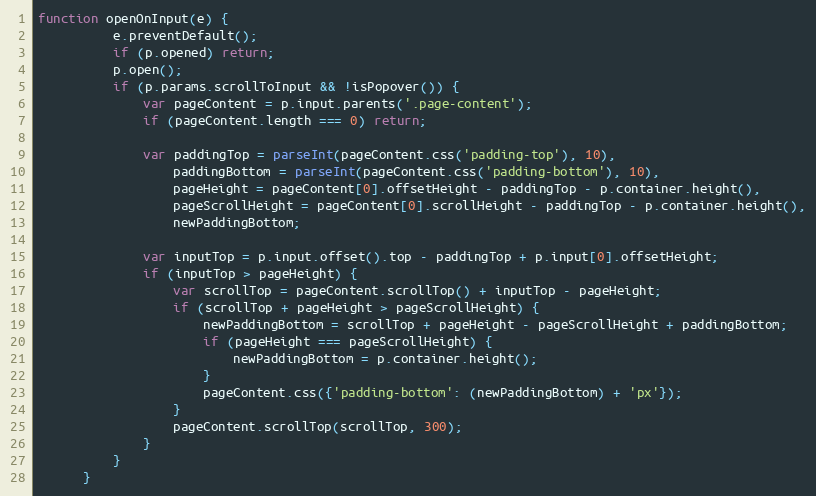
Language: JavaScript
function openOnInput(e) {
          e.preventDefault();
          if (p.opened) return;
          p.open();
          if (p.params.scrollToInput && !isPopover()) {
              var pageContent = p.input.parents('.page-content');
              if (pageContent.length === 0) return;

              var paddingTop = parseInt(pageContent.css('padding-top'), 10),
                  paddingBottom = parseInt(pageContent.css('padding-bottom'), 10),
                  pageHeight = pageContent[0].offsetHeight - paddingTop - p.container.height(),
                  pageScrollHeight = pageContent[0].scrollHeight - paddingTop - p.container.height(),
                  newPaddingBottom;

              var inputTop = p.input.offset().top - paddingTop + p.input[0].offsetHeight;
              if (inputTop > pageHeight) {
                  var scrollTop = pageContent.scrollTop() + inputTop - pageHeight;
                  if (scrollTop + pageHeight > pageScrollHeight) {
                      newPaddingBottom = scrollTop + pageHeight - pageScrollHeight + paddingBottom;
                      if (pageHeight === pageScrollHeight) {
                          newPaddingBottom = p.container.height();
                      }
                      pageContent.css({'padding-bottom': (newPaddingBottom) + 'px'});
                  }
                  pageContent.scrollTop(scrollTop, 300);
              }
          }
      }